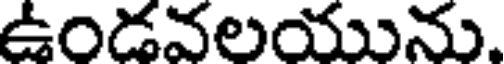
ఉండవలయును.